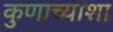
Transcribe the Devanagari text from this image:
कुणाच्याशा